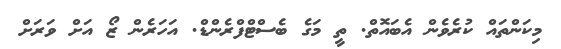
މިކަންތައް ކުރެވެން އެބައޮތް. ތީ މަގެ ބެސްޓްފްރެންޑް. އަހަރެން ޒޯ އަށް ވަރަށް